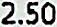
2.50